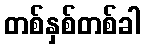
တစ်နှစ်တစ်ခါ